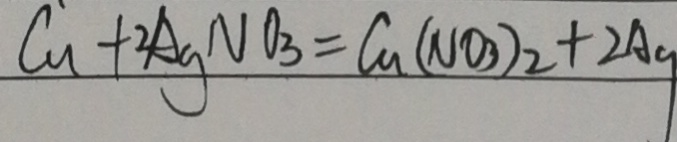
C u + 2 A g N O _ { 3 } = C u ( N O _ { 3 } ) _ { 2 } + 2 A g